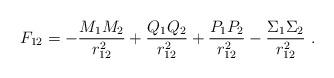
LaTeX: \begin{align*}F_{12} = - \frac{M_1 M_2}{r_{12}^2} +\frac{Q_1 Q_2}{r_{12}^2} +\frac{P_1 P_2}{r_{12}^2} - \frac{\Sigma_1 \Sigma_2}{r_{12}^2} \ .\end{align*}